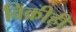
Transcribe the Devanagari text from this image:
विक्रीही